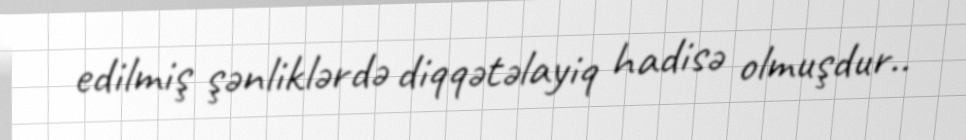
edilmiş şənliklərdə diqqətəlayiq hadisə olmuşdur..